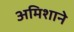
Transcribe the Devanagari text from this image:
अमिशाने